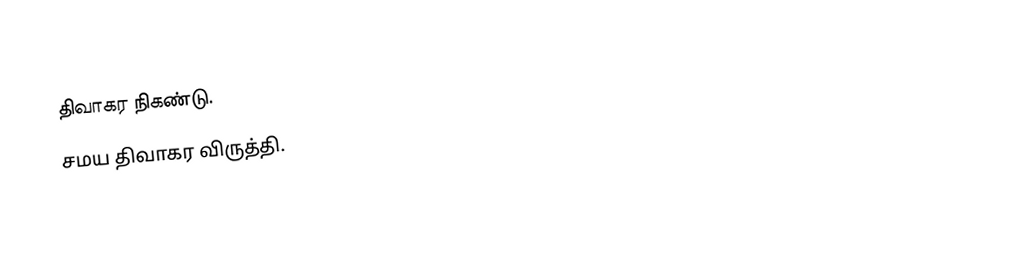
திவாகர நிகண்டு.
 சமய திவாகர விருத்தி.